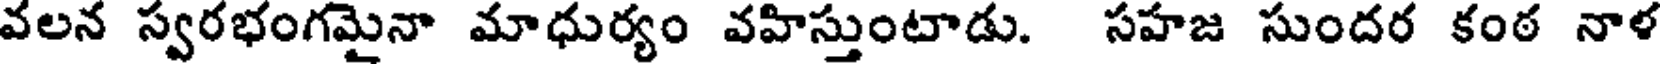
వలన స్వరభంగమైనా మాధుర్యం వహిస్తుంటాడు. సహజ సుందర కంఠ నాళ